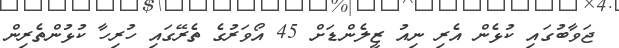
ޖަވާބުގައި ކުޅެން އެރި ނިއު ޒީލެންޑަށް 45 އޯވަރުގެ ތެރޭގައި ހުރިހާ ކުޅުންތެރިން